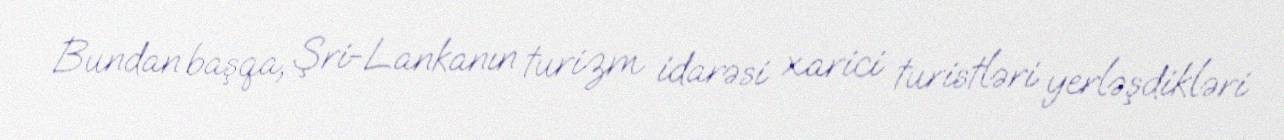
Bundan başqa, Şri-Lankanın turizm idarəsi xarici turistləri yerləşdikləri